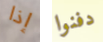
إذا دفنوا